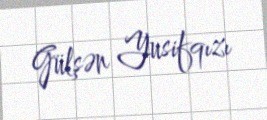
Gülşən Yusifqızı